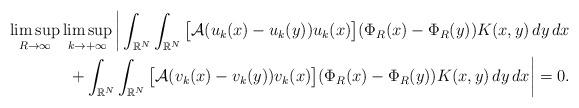
LaTeX: \begin{align*} \limsup_{R \to \infty} \limsup_{k\to +\infty}\bigg| \int_{\mathbb{R}^{N}}\int_{\mathbb{R}^{N}} \big[ \mathcal{A}(u_k(x)-u_{k}(y))u_k(x)\big](\Phi_{R}(x)-\Phi_{R}(y))K(x,y)\,dy\,dx \\ + \int_{\mathbb{R}^{N}}\int_{\mathbb{R}^{N}} \big[ \mathcal{A}(v_k(x)-v_{k}(y))v_k(x)\big](\Phi_{R}(x)-\Phi_{R}(y))K(x,y)\,dy\,dx \bigg|=0. \end{align*}